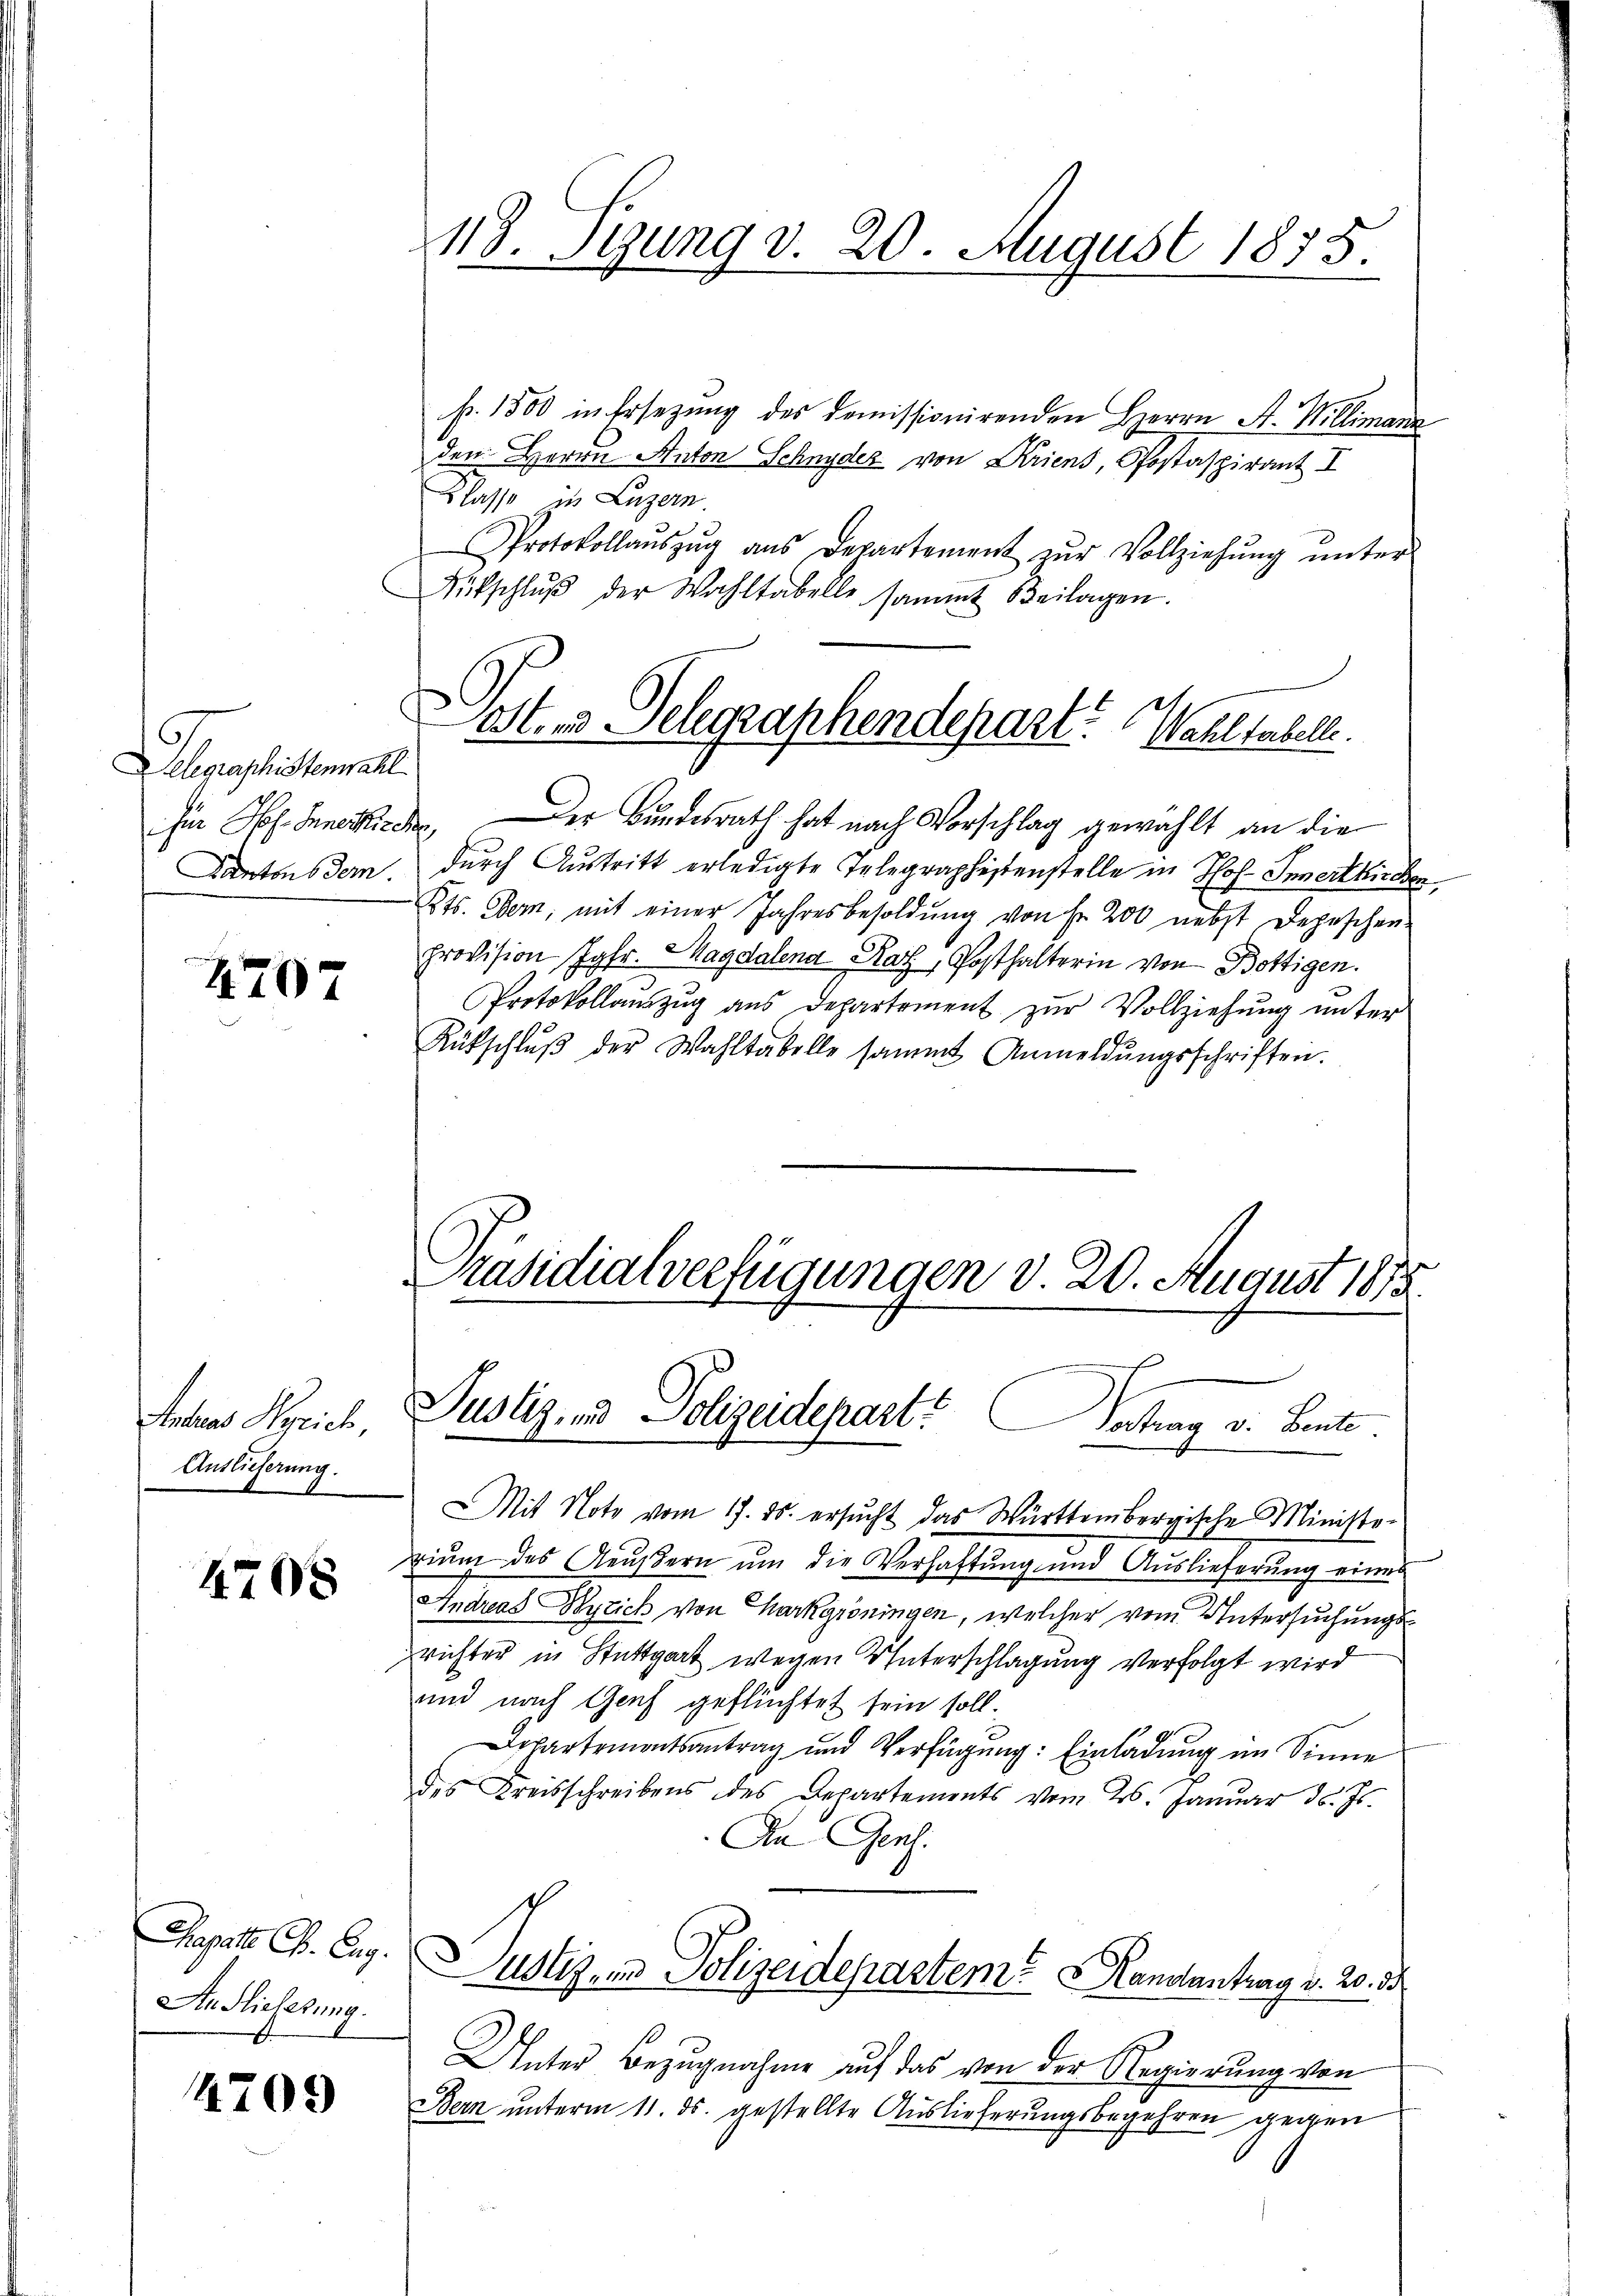
Delegraphistenwahl.
für Prof. Huneskirche
Kantons dem

4707

Anduas Syrich,
Auslieferung.

4708

An Flieferung.

4709

118. Sizung v. 20. August 1835.

St. u Gelegraphendepart? Wahltabelle.

pr. 1500 in Ersezung des Domissionirenden Herrn St. Willimann
den Herrn Anton Schnyder von Kriens, Postaspirant I
Klasse in Luzern.
Protokollaŭszŭg ans Departement zŭr Vollziehŭng ŭnter
Aufschlŭβ der Wahltabelle sammt Beilagen.
Der Bundesrath hat nach Vorschlag gewählt an die
durch Austritt erledigte Telegraphistenstelle in Hof- Innertkirchen
Kts. Dem, mit einer Jahresbesoldŭng von Fr. 200 nebst Depeschen-
provision Jgfr. Magdalend Rat, Posthalterin von Bottigen.
Protokollaŭszŭg ans Departement zŭr Vollziehŭng ŭnter
Rütschlŭβ der Wahltabelle sammt Anmeldŭngsschriften.
Präsidialverfügungen d. 20. August 1875.
Justiz- und Polizeidepart? Vertrag v. Bente.
x
Mit Note vom 17. ds. ersŭcht das Württembergische Ministo-
rium des Aeußern um die Verhaftung und Auslieferung eines
Andreas Bylich von Charkgröningen, welcher vom Untersuchungsrichter in Stuttgart wegen Unterschlagung verfolgt wird
und nach Genf geflüchtet sein soll.
Departementsantrag und Verfügung: Einladung im Sinne
des Kreisschreibens des Departements vom 26. Januar d. Js.
An Gens.
Chapatt Ch. Eng. Justiz am Polizeidepartem andantrag v. 20. 38
Unter Bezugnahme auf das von der Regierung von
Bern unterm 11. ds. gestellte Auslieferungsbegehren gegen